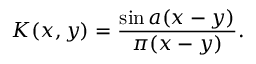
K ( x , y ) = { \frac { \sin a ( x - y ) } { \pi ( x - y ) } } .